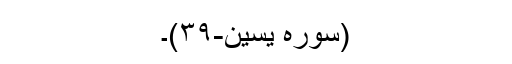
(سورہ یٰسین-۳۹)۔